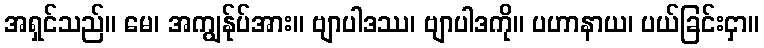
အရှင်သည်။ မေ၊ အကျွန်ုပ်အား။ ဗျာပါဒဿ၊ ဗျာပါဒကို။ ပဟာနာယ၊ ပယ်ခြင်းငှာ။